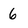
Character: 6